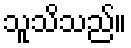
သူသိသည်။